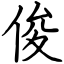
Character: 俊